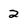
Character: 2